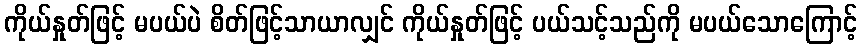
ကိုယ်နှုတ်ဖြင့် မပယ်ပဲ စိတ်ဖြင့်သာယာလျှင် ကိုယ်နှုတ်ဖြင့် ပယ်သင့်သည်ကို မပယ်သောကြောင့်